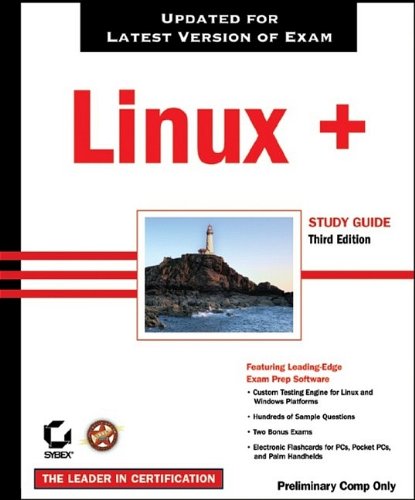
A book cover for Linux+ Study Guide, 3rd Edition (XKO-002); Roderick W. Smith; Computers & Technology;